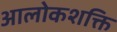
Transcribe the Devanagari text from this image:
आलोकशक्ति